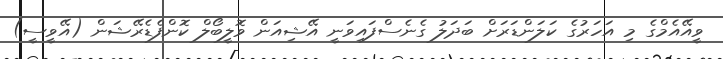
ވީއޭއެމްގެ މި އަހަރުގެ ކަލަންޑަރަށް ބަދަލު ގެނެސްފައިވަނީ އޭޝިއަން ވޮލީބޯލް ކޮންފެޑެރޭޝަން (އޭވީސީ)